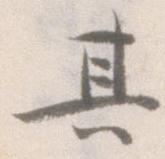
其